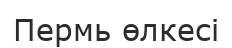
Пермь өлкесі